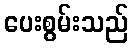
ပေးစွမ်းသည်